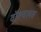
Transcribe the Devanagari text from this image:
वॉल्वलस